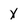
Character: X